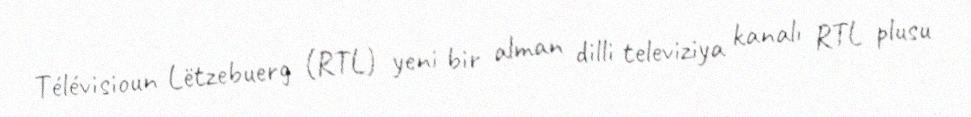
Télévisioun Lëtzebuerg (RTL) yeni bir alman dilli televiziya kanalı RTL plusu